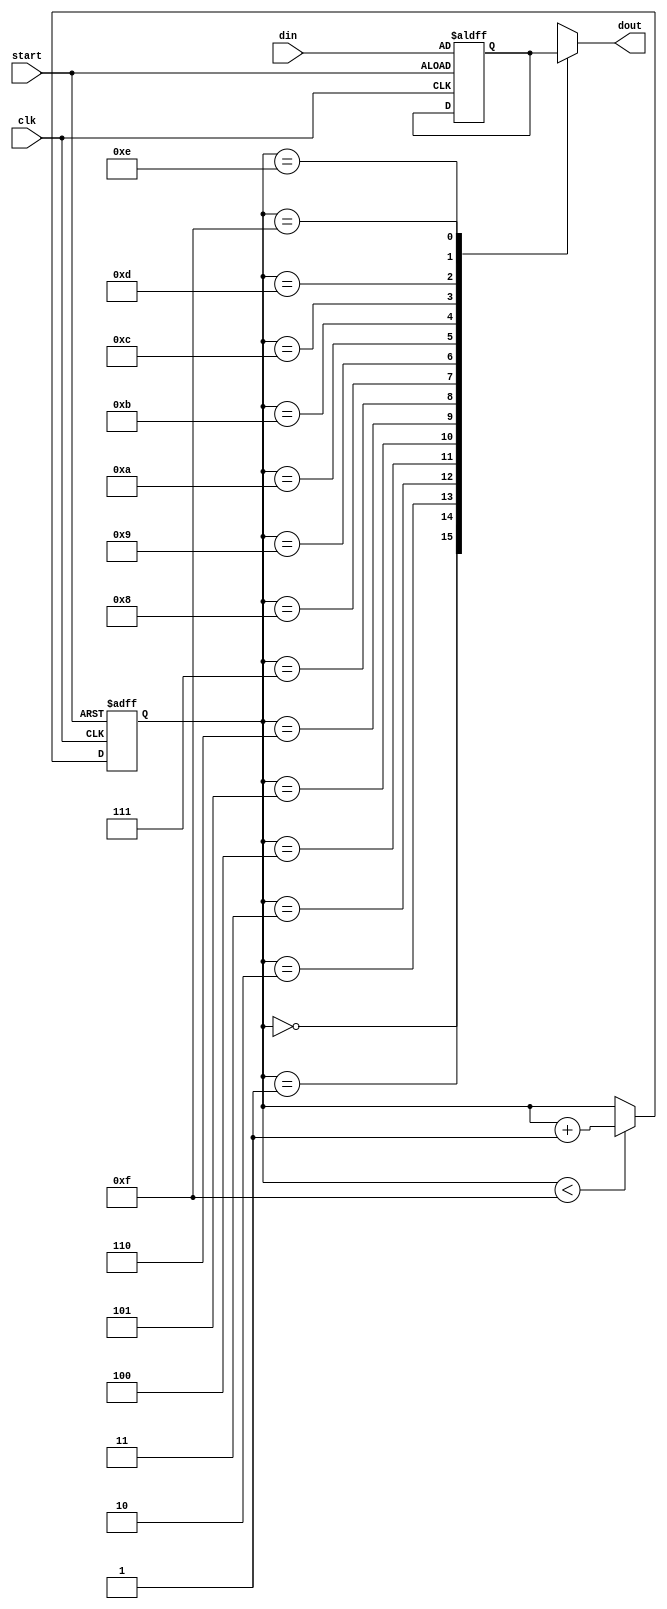
module SO(start,din,dout,clk);
input start,clk;
input [15:0]din;
output reg dout;
reg[3:0]count;
reg[15:0]r;
always@(posedge start or posedge clk)
begin
if(start==1'b1)
begin
r<=din;
count=0;
end
else
begin
if(count<15)
count=count+1;
end
end

always@(count)
begin
case(count)
4'd0:dout<=r[15];
4'd1:dout<=r[14];
4'd2:dout<=r[13];
4'd3:dout<=r[12];
4'd4:dout<=r[11];
4'd5:dout<=r[10];
4'd6:dout<=r[9];
4'd7:dout<=r[8];
4'd8:dout<=r[7];
4'd9:dout<=r[6];
4'd10:dout<=r[5];
4'd11:dout<=r[4];
4'd12:dout<=r[3];
4'd13:dout<=r[2];
4'd14:dout<=r[1];
4'd15:dout<=r[0];
endcase
end
endmodule